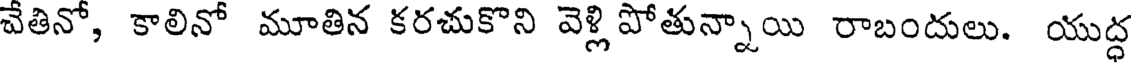
వేతినో, కాలినో మూతిన కరచుకొని వెళ్లి పోతున్నాయి రాబందులు. యుద్ధ